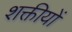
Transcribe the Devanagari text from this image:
शक्तीयों